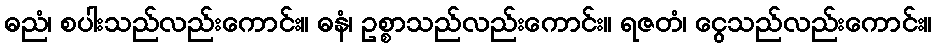
ဓညံ၊ စပါးသည်လည်းကောင်း။ ဓနံ၊ ဥစ္စာသည်လည်းကောင်း။ ရဇတံ၊ ငွေသည်လည်းကောင်း။